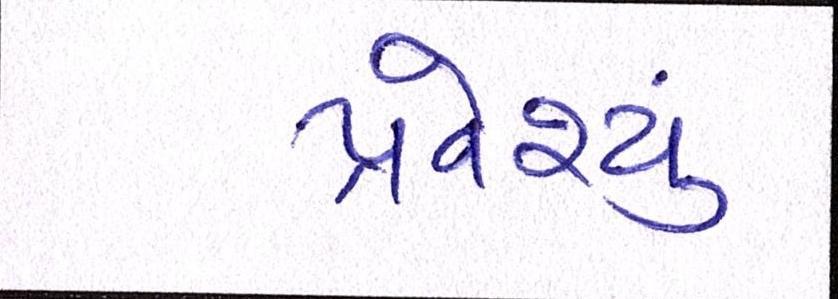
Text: પ્રવેશ્યું